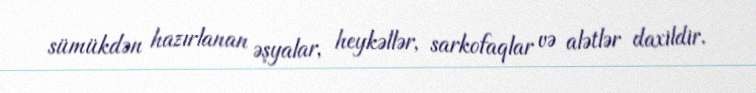
sümükdən hazırlanan əşyalar, heykəllər, sarkofaqlar və alətlər daxildir.